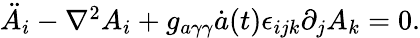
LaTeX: \begin{array}{r}{\ddot{A}_{i}-\nabla^{2}A_{i}+g_{a\gamma\gamma}\dot{a}(t)\epsilon_{ijk}\partial_{j}A_{k}=0.}\end{array}